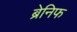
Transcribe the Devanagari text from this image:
ब्रेनिफ